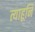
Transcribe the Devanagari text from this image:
त्याहूनि